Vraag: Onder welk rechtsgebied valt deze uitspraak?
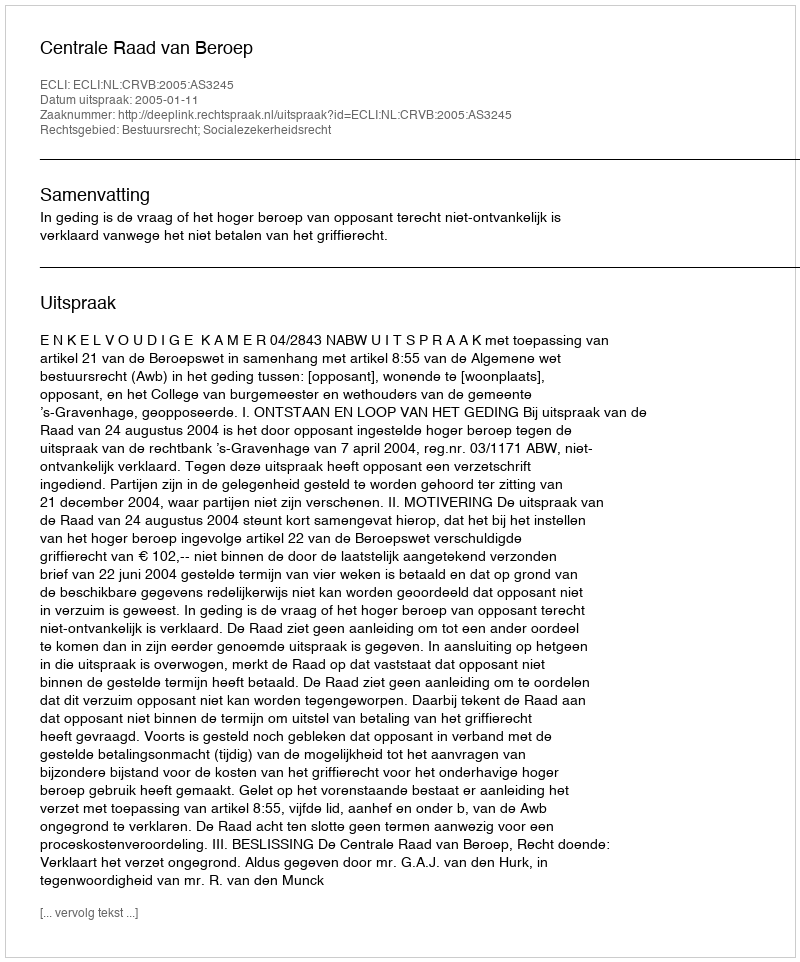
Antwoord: Bestuursrecht; Socialezekerheidsrecht